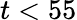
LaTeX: t<55